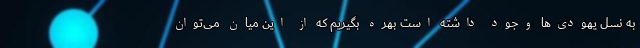
به نسل یهودی‌ها وجود داشته است بهره بگیریم که از این میان می‌توان